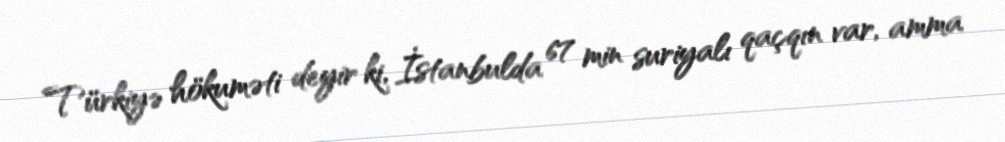
Türkiyə hökuməti deyir ki, İstanbulda 67 min suriyalı qaçqın var, amma